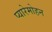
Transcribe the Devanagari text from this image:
प्यारेमोहन